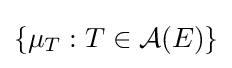
\left\{\mu _{T}:T\in {\mathcal {A}}(E)\right\}